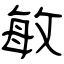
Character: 敏